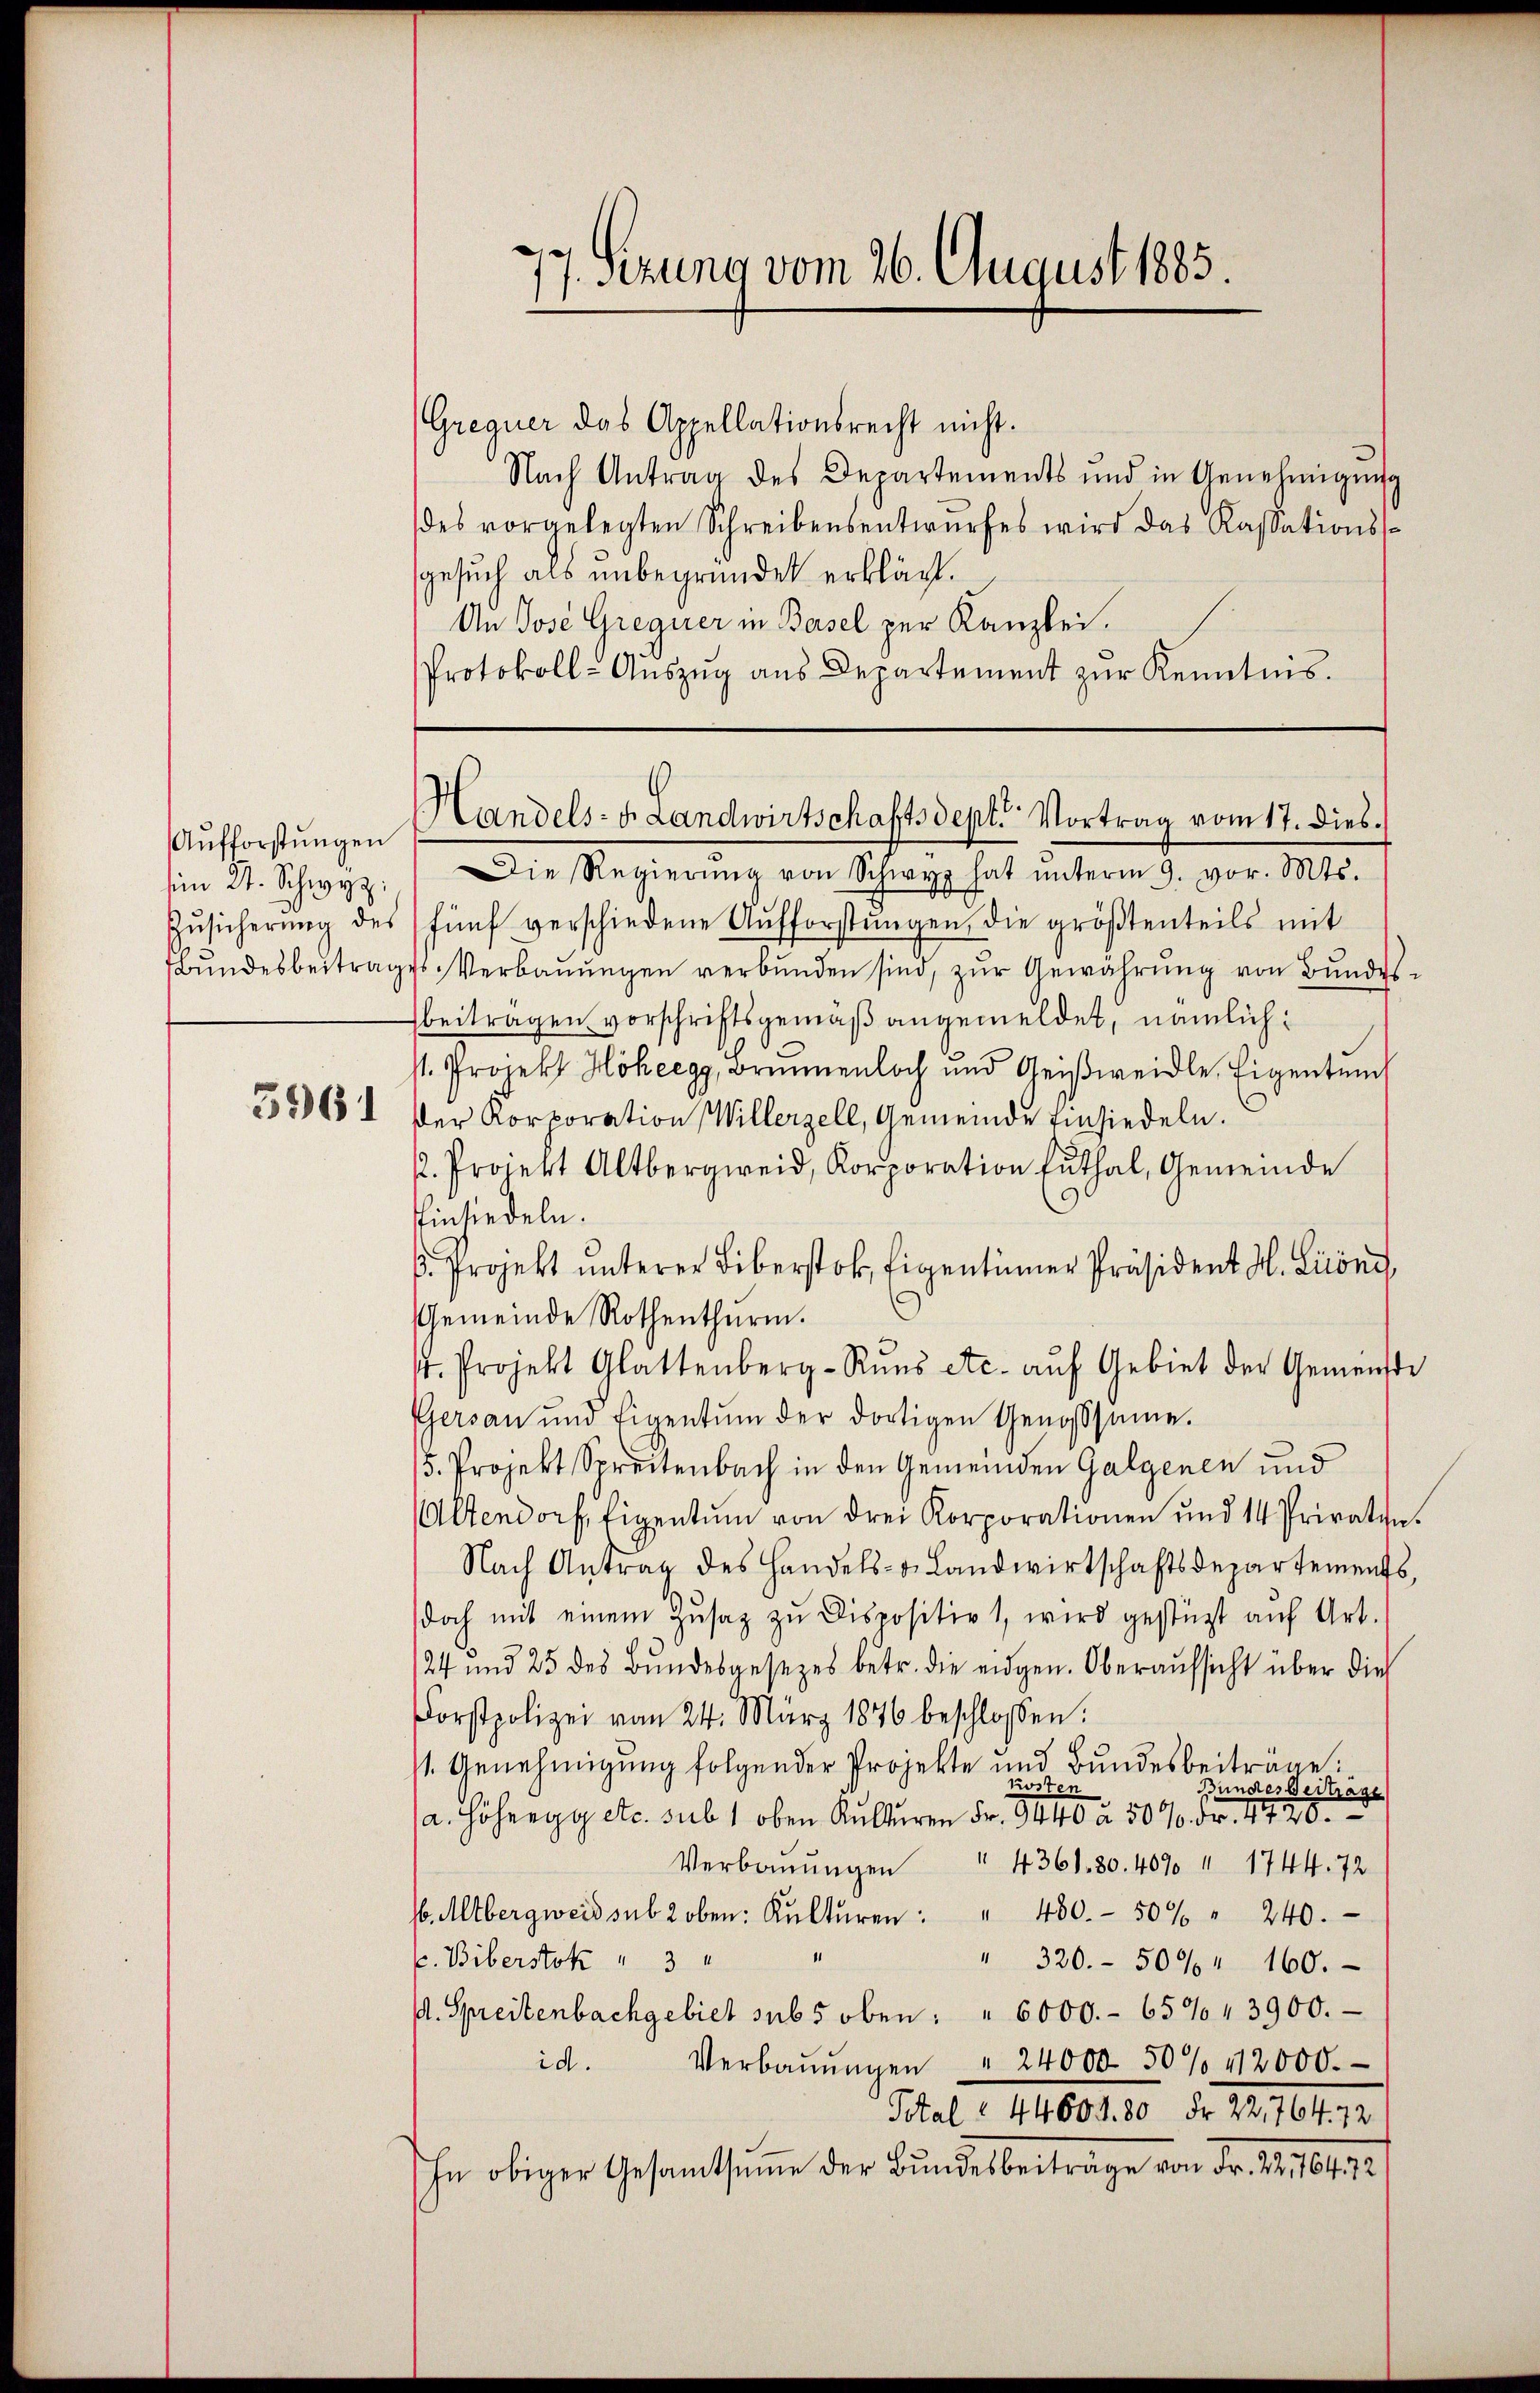
Aufforstungen

77. Sizung vom 26. August 1885.

Gregner das Appellationsrecht nicht.
Nach Antrag des Departements und in Genehmigŭng
des vorgelegten Schreibensentwŭrfes wird das Kassationss¬
Gesuch als unbegründet erklärt.
An Jose Gregier in Basel zur Kanzlei.
Protokoll-Aŭszŭg ans Departement zŭr Kenntnis.

in 2. Schwyz. " Die Regierŭng von Schwyz hat ŭnterm 9. vor. Mts.
Zŭsicherŭng des fünf verschiedene Aŭfforstŭngen, die größtenteils mit
Bŭndesbeitrages Verbaŭŭngen verbŭnden sind, zŭr Gewahrŭng von Bŭndes-
beitragen vorschriftsgemäß angemeldet, nämlich:
st. Projekt Höheegg, Brunnenloch und Geiβweidle, Eigenten
38651 der Korporation Willerzell, Gemeinde Einsiedeln.
. Projekt Altbergweid, Korporation futhal, Gemeinde
Einsiedeln.
ß. Projekt unterer Liberstok, Eigentümer Präsident H. Lioni
Gemeinde Rothenthurm.
d. Projekt Glattenberg-Rŭns etc. aŭf Gebiet der Gemeinde
Gersau und Eigentum der dortigen Genossame.
5. Projekt Spreitenbach in den Gemeinden Galgenen und
Altendorf, Eigentum von drei Korporationen und 14 Privaten.
Nach Antrag des Handels- u. Landwirtschaftsdepartements,
doch mit einem Zŭsaz zŭ dispositiv 1, wird gestützt aŭf Art.
124 und 25 des Bundesgesezes betr. die eidgen. Oberaufsicht über die
Forstpolizei vom 24. März 1876 beschlossen:
s. Genehmigŭng folgender Projekte und Bŭndesbeiträge:
Bundes Beitrage
a. Höhery etc. sub 1. oben Kulturen Fr. 102. 507 Fr. 1720.
" 4361. 80. 4070 " 1744. 72
Verbauungen
s. Mitbergweid sub 2 oben: Kulturen: " 430. 50% " 240.
E. Biberstok " 3 " "
" 320.- 500 " 160.
. Spreitenbachgebiet subs oben: " 6000.- 657 1 3900.
id.
" 24000 50% 412000.
Verbauungen
Total = 44604. 80 Fr. 22,764. 72
hn obiger Gesamtsumme der Bundesbeitrage von Fr. 14, 1607.

Handels- u. Landwirtschaftsdept. Vortrag vom 17. dies.